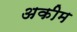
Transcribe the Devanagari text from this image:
अकीम